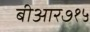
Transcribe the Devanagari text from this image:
बीआर७१५